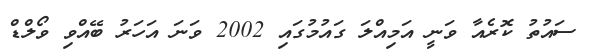
ސައުތު ކޮރެއާ ވަނީ އަމިއްލަ ގައުމުގައި 2002 ވަނަ އަހަރު ބޭއްވި ވޯލްޑް